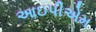
આઇપીએમ